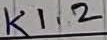
Text: K1.2